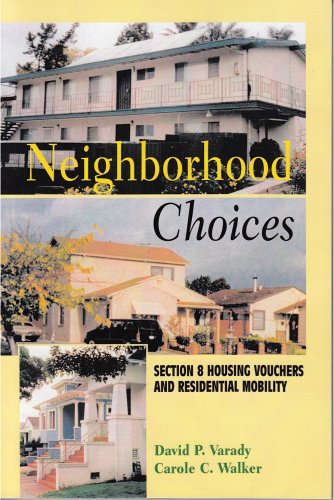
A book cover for Neighborhood Choices: Section 8 Housing Vouchers and Residential Mobility; David P. Varady; Law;